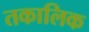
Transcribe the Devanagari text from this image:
तकालिक